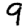
Digit: 9